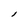
Character: l